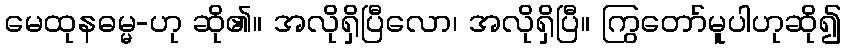
မေထုနဓမ္မ-ဟု ဆို၏။ အလိုရှိပြီလော၊ အလိုရှိပြီ။ ကြွတော်မူပါဟုဆို၍